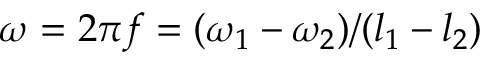
\omega = 2 \pi f = ( \omega _ { 1 } - \omega _ { 2 } ) / ( l _ { 1 } - l _ { 2 } )